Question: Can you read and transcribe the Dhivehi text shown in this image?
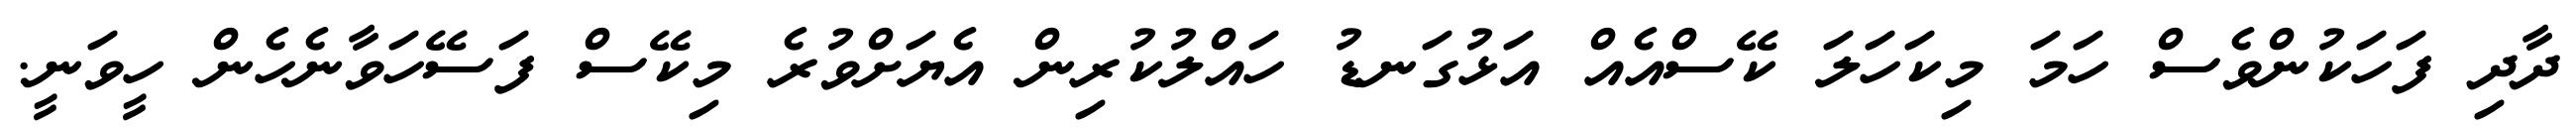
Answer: ދާދި ފަހަކުންވެސް ހަމަ މިކަހަލަ ކޭސްއެއް އަޅުގަނޑު ހައްލުކުރިން އެޔަށްވުރެ މިކޭސް ފަސޭހަވާނެހެން ހީވަނީ.